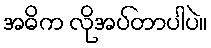
အဓိက လိုအပ်တာပါပဲ။